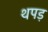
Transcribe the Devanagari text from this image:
थपड़